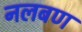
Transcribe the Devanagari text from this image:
नलबण